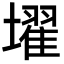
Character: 𡒔